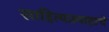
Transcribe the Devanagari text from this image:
साहित्यप्रवाहाचे